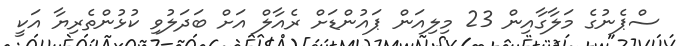
ސްޕެނުގެ މަލާގާއިން 23 މިލިއަން ޕައުންޑަށް ރެއާލް އަށް ބަދަލުވި ކުޅުންތެރިޔާ އަކީ